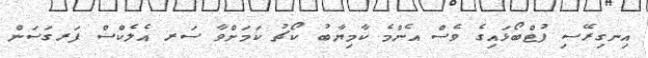
އިނގިރޭސި ފުޓްބޯޅައިގެ ވެސް އެންމެ ކާމިޔާބު ކޯޗު ކަމަށްވާ ސަރ އެލެކްސް ފަރގަސަން